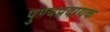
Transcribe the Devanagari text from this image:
पुण्यप्रदायक